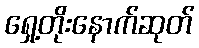
ရှေ့တိုးနောက်ဆုတ်